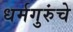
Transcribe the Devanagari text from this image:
धर्मगुरुंचे